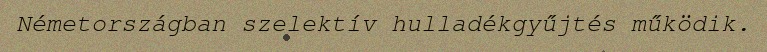
Németországban szelektív hulladékgyűjtés működik.